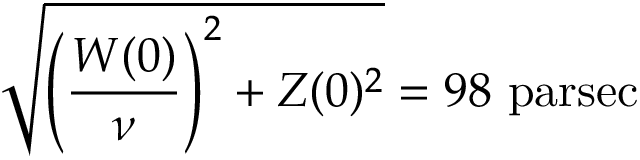
{ \sqrt { \left( { \frac { W ( 0 ) } { \nu } } \right) ^ { 2 } + Z ( 0 ) ^ { 2 } } } = 9 8 { \mathrm { ~ p a r s e c } }